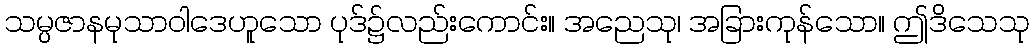
သမ္ပဇာနမုသာဝါဒေဟူသော ပုဒ်၌လည်းကောင်း။ အညေသု၊ အခြားကုန်သော။ ဤဒိသေသု